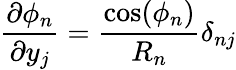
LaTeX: \frac{\partial\phi_{n}}{\partial y_{j}}=\frac{\cos(\phi_{n})}{R_{n}}\delta_{nj}